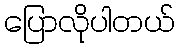
ပြောလိုပါတယ်